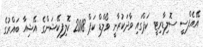
އޭއެފްސީ ސޮލިޑާރިޓީ ކަޕްގައި ވާދަކުރާނީ ވޯލްޑް ކަޕް 2018 ކޮލިފިކޭޝަންގެ އޭޝިއާ ބައްރުގެ